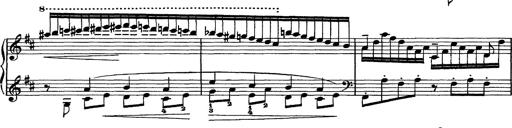
Title: Piano Sonata
Composer: Karl HÃ¤ssler
Key: C major